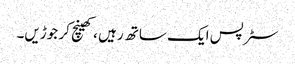
سٹرپس ایک ساتھ رہیں ، کھینچ کر جوڑیں۔